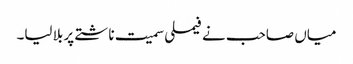
میاں صاحب نے فیملی سمیت ناشتے پر بلا لیا۔